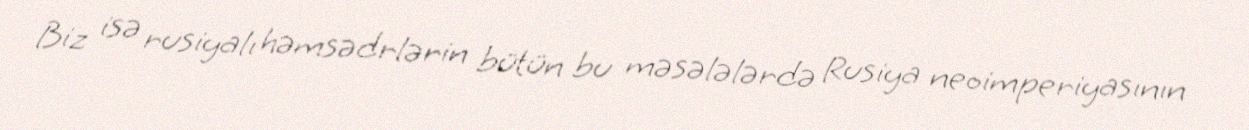
Biz isə rusiyalı həmsədrlərin bütün bu məsələlərdə Rusiya neoimperiyasının